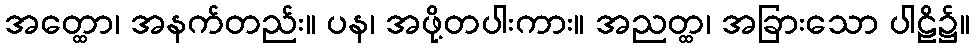
အတ္ထော၊ အနက်တည်း။ ပန၊ အဖို့တပါးကား။ အညတ္ထ၊ အခြားသော ပါဠိ၌။